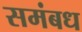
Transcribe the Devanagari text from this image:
समंबध